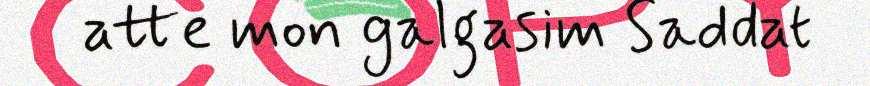
atte mon galgasim Saddat